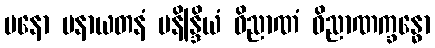
မနော မနာယတနံ မနိန္ဒြိယံ ဝိညာဏံ ဝိညာဏက္ခန္ဓော